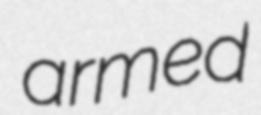
armed